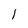
Character: I